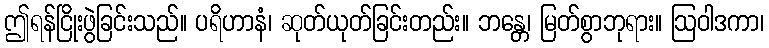
ဤရန်ငြိုးဖွဲခြင်းသည်။ ပရိဟာနံ၊ ဆုတ်ယုတ်ခြင်းတည်း။ ဘန္တေ၊ မြတ်စွာဘုရား။ ဩဝါဒကာ၊